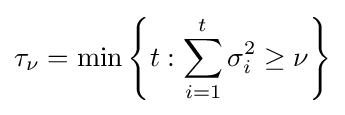
\tau _{\nu }=\min \left\{t:\sum _{i=1}^{t}\sigma _{i}^{2}\geq \nu \right\}